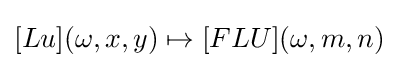
[Lu](\omega ,x,y)\mapsto [FLU](\omega ,m,n)